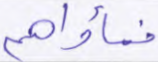
فمأواهم